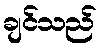
ချင်သည်